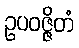
ဥပဝဇ္ဇိတံ